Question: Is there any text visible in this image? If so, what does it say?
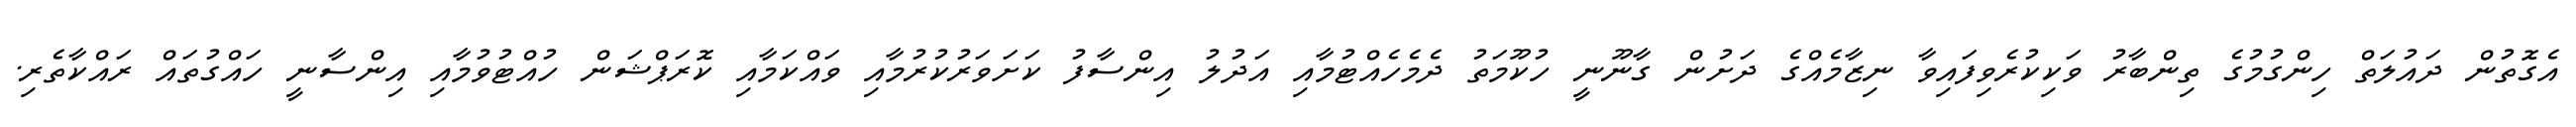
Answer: އެގޮތުން ދައުލަތް ހިންގުމުގެ ތިންބާރު ވަކިކުރެވިފައިވާ ނިޒާމެއްގެ ދަށުން ގާނޫނީ ހުކޫމަތު ދެމެހެއްޓުމާއި އަދުލު އިންސާފު ކަށަވަރުކުރުމާއި ވައްކަމާއި ކޮރަޕްޝަން ހުއްޓުވުމާއި އިންސާނީ ހައްގުތައް ރައްކާތެރި.